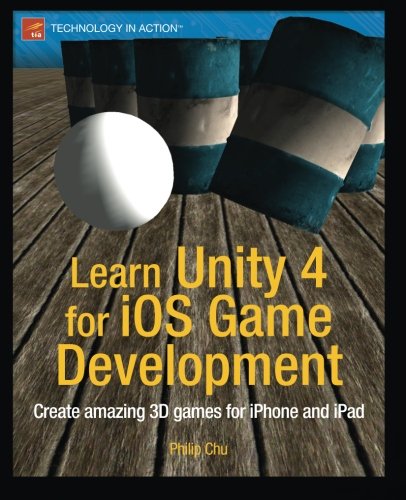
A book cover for Learn Unity 4 for iOS Game Development (Technology in Action); Philip Chu; Computers & Technology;